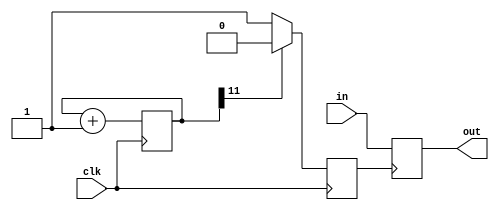
module chat(

    input  wire clk,
    input  wire in,
    output wire out

    );
    
    reg [11:0] counter;                //2^11(2048)で分周
    reg sampling,sig;
    
    
    assign out = sig;
    
    
    always @(posedge clk) begin
        if (counter[11] == 1'b1) begin
            sampling <= 1'b0;
            counter <= counter + 1'b1;
        end else begin
            sampling <= 1'b1;
            counter <= counter + 1'b1;
        end
    end
    
    
    always @(posedge sampling) begin
        sig <= in;
    end
    
    
endmodule